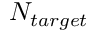
N _ { t a r g e t }